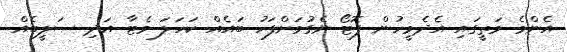
އެންމެ މަތީގައި އެދެމީހުން ފޮޓޯ ނެގުމަށްފަހު ބައެއް ކަހަލަ މެޓާ އަދި ޞަލީބެއް